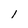
Character: 1